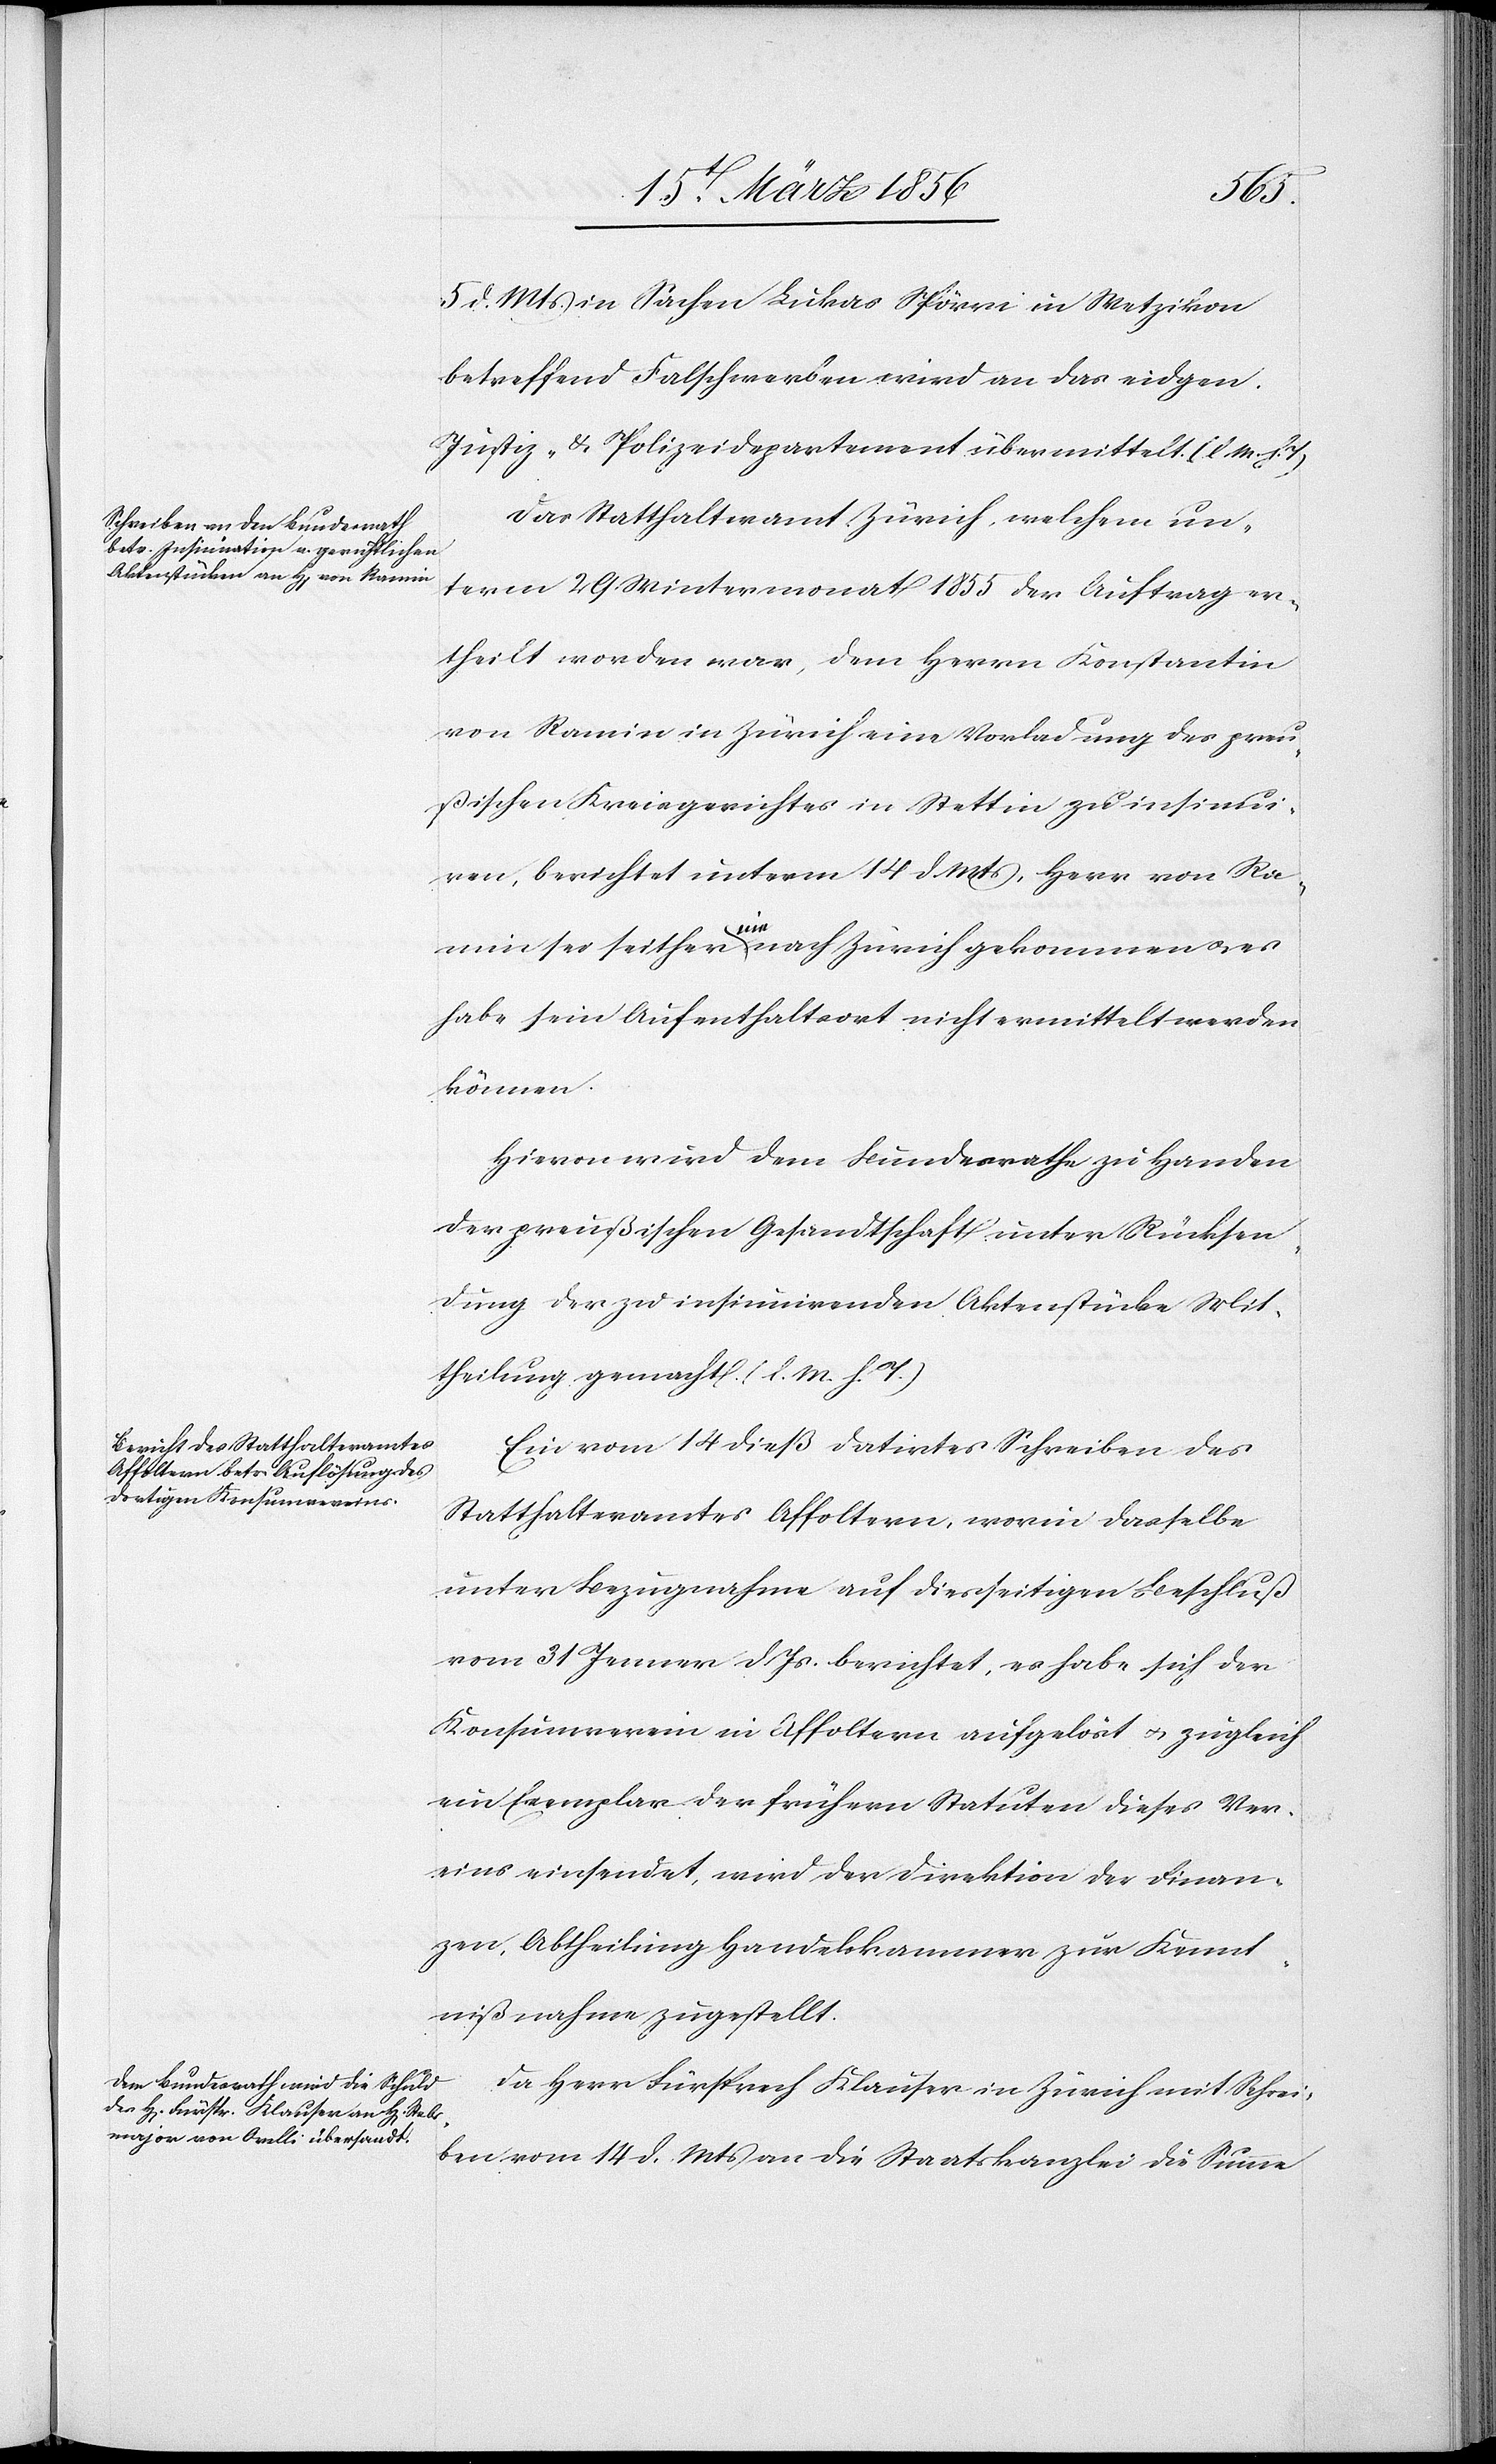
5 d. Mts. in Sachen Lukas Spörri in Wetzikon
betreffend Falschwerben wird an das eidgen.
Justiz- & Polizeidepartement übermittelt. (l. M. h.
Das Statthalteramt Zürich, welchem un¬
term 29 Wintermonat 1855 der Auftrag er¬
theilt worden war, dem Herrn Konstantin
von Ramin in Zürich eine Vorladung des preu¬
ßischen Kreisgerichtes in Stettin zu insinui¬
ren, berichtet unterm 14 d. Mts, Herr von Ra¬
min sei seither a-nie-a nach Zürich gekommen u. es
habe sein Aufenthaltsort nicht ermittelt werden
können.
Hievon wird dem Bundesrathe zu Handen
der preußischen Gesandtschaft unter Rücksen¬
dung der zu insinuirenden Aktenstücke Mit¬
theilung gemacht. (l. M. h. T.)
Ein vom 14 dieß datirtes Schreiben des
Statthalteramtes Affoltern, worin dasselbe
unter Bezugnahme auf diesseitigen Beschluß
vom 31 Jenner d Js. berichtet, es habe sich der
Konsumverein in Affoltern aufgelöst u. zugleich
ein Exemplar der frühern Statuten dieses Ver¬
eins einsendet, wird der Direktion der Finan¬
zen, Abtheilung Handelskammer zur Kennt¬
nißnahme zugestellt.
Da Herr Fürsprech Klauser in Zürich mit Schrei¬
ben vom 14 d. Mts an die Staatskanzlei die Summe